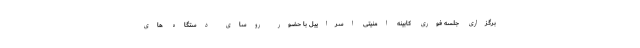
برگزاری جلسه فوری کابینه امنیتی اسراییل با حضور روسای دستگاه های